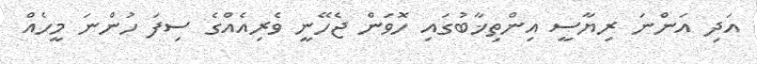
އަދި އަންނަ ރިޔާސީ އިންތިޚާބުގައި ހޮވަން ޖެހޭނީ ވެރިއެއްގެ ސިފަ ހުންނަ މީހެއް